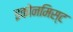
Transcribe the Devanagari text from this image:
इकोनमिस्ट